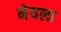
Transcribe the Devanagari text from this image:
नेयला